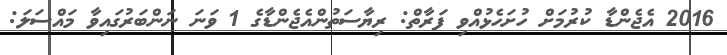
2016 އެޖެންޑާ ކުރުމަށް ހުށަހެޅުއްވި ފަރާތް: ރިޔާސަތުންއެޖެންޑާގެ 1 ވަނަ ނަންބަރުގައިވާ މައްސަލަ: